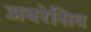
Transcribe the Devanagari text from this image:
अबरेसिव